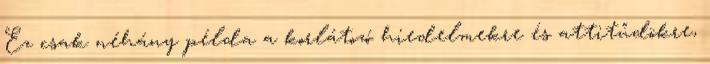
Ez csak néhány példa a korlátozó hiedelmekre és attitűdökre,